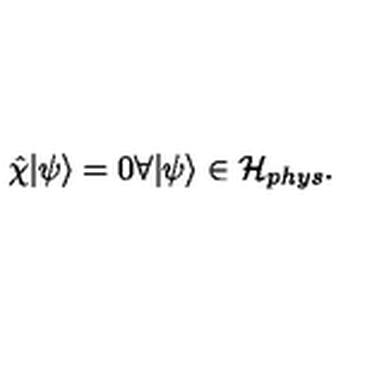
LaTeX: { \hat { \chi } } | \psi \rangle = 0 \forall | \psi \rangle \in { \mathcal H } _ { p h y s } .